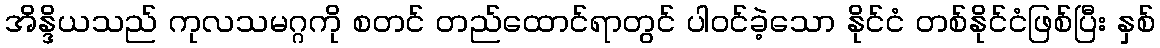
အိန္ဒိယသည် ကုလသမဂ္ဂကို စတင် တည်ထောင်ရာတွင် ပါဝင်ခဲ့သော နိုင်ငံ တစ်နိုင်ငံဖြစ်ပြီး နှစ်